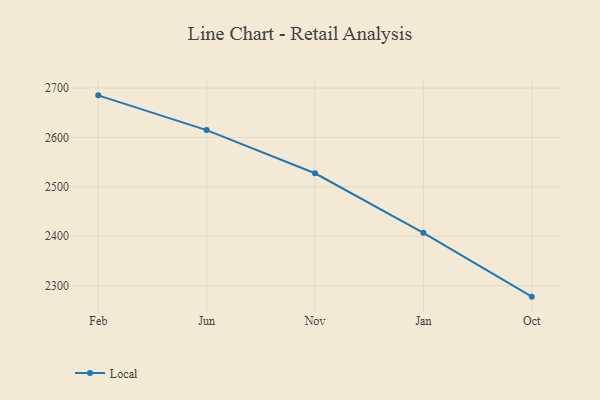
{"axis": {"x": "Month", "y": "Gross Profit (USD K)"}, "legend": ["Local"], "data": [{"x": "Feb", "y": 2685.3, "type": "Local"}, {"x": "Jun", "y": 2615.0, "type": "Local"}, {"x": "Nov", "y": 2527.6, "type": "Local"}, {"x": "Jan", "y": 2407.1, "type": "Local"}, {"x": "Oct", "y": 2277.8, "type": "Local"}]}